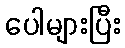
ပေါများပြီး